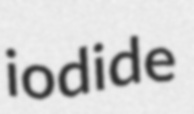
iodide